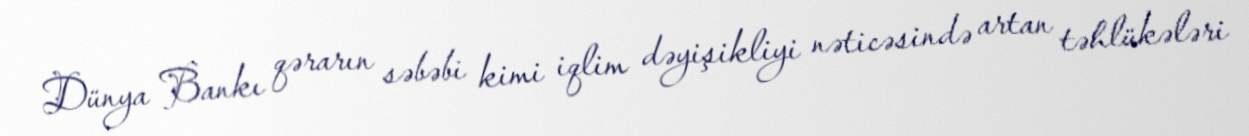
Dünya Bankı qərarın səbəbi kimi iqlim dəyişikliyi nəticəsində artan təhlükələri